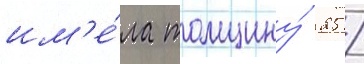
им'е́ла толщину́ 25 /